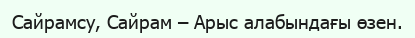
Сайрамсу, Сайрам – Арыс алабындағы өзен.